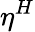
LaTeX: \eta^{H}